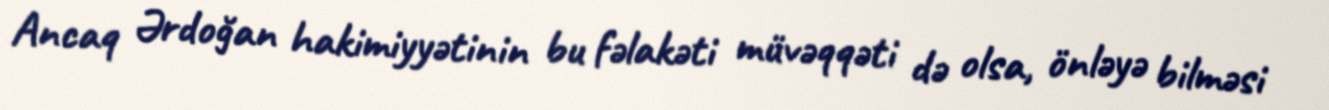
Ancaq Ərdoğan hakimiyyətinin bu fəlakəti müvəqqəti də olsa, önləyə bilməsi